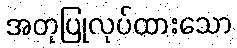
အတုပြုလုပ်ထားသော